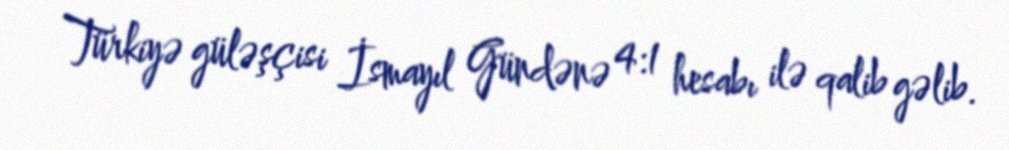
Türkiyə güləşçisi İsmayıl Gündənə 4:1 hesabı ilə qalib gəlib.